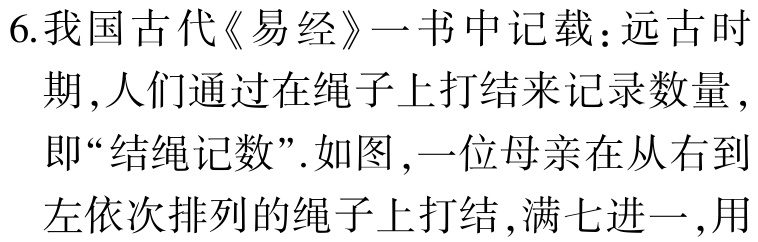
6.我国古代《易经》一书中记载：远古时
期,人们通过在绳子上打结来记录数量,
即“结绳记数”.如图,一位母亲在从右到
左依次排列的绳子上打结,满七进一,用